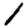
Digit: 1